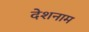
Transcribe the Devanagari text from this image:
देशनाम